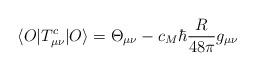
LaTeX: \begin{align*}\langle O\vert T^c_{\mu\nu}\vert O\rangle =\Theta _{\mu\nu}- c_M\hbar{R\over48\pi}g_{\mu\nu} \end{align*}